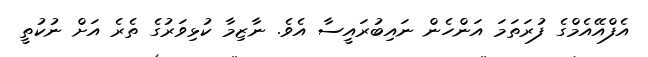
އެފްއޭއެމްގެ ފުރަތަމަ އަންހެން ނައިބުރައީސާ އެވެ. ނާޒިމާ ކުޅިވަރުގެ ތެރެ އަށް ނުކުތީ